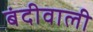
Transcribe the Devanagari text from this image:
बंदीवाली